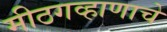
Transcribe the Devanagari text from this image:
मीठगव्हाणाचे